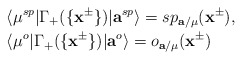
\begin{align*}&\langle \mu^{sp}|\Gamma_+(\{\mathbf{x}^{\pm}\})|\mathbf{a}^{sp}\rangle=sp_{\mathbf{a}/\mu}(\mathbf{x}^{\pm}),\\&\langle \mu^{o}|\Gamma_+(\{\mathbf{x}^{\pm}\})|\mathbf{a}^{o}\rangle=o_{\mathbf{a}/\mu}(\mathbf{x}^{\pm})\end{align*}